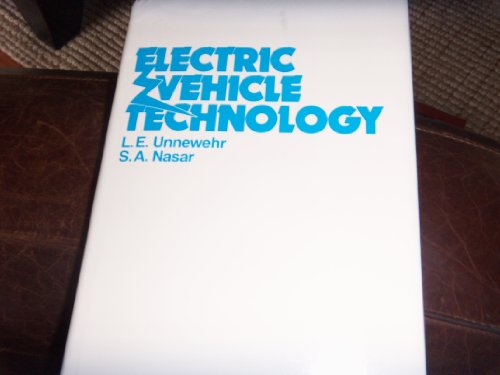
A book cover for Electric Vehicle Technology; L. Unnewehr; Engineering & Transportation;